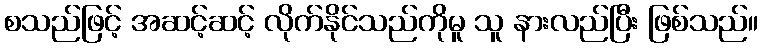
စသည်ဖြင့် အဆင့်ဆင့် လိုက်နိုင်သည်ကိုမူ သူ နားလည်ပြီး ဖြစ်သည်။